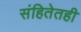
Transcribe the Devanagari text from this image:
संहितेतही